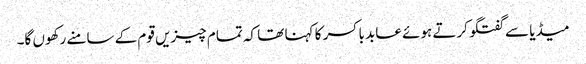
میڈیا سے گفتگو کرتے ہوئے عابد باکسر کا کہنا تھا کہ تمام چیزیں قوم کے سامنے رکھوں گا۔